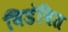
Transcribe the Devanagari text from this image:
विडंबित